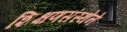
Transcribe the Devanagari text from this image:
शिक्षणसंस्थेने